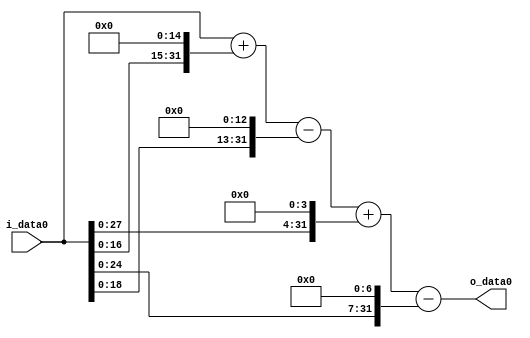
module multiplier_block_70 (
    i_data0,
    o_data0
);
  input   [31:0] i_data0;
  output  [31:0]
    o_data0;
  wire [31:0]
    w1,
    w32768,
    w32769,
    w8192,
    w24577,
    w16,
    w24593,
    w128,
    w24465;
  assign w1 = i_data0;
  assign w128 = w1 << 7;
  assign w16 = w1 << 4;
  assign w24465 = w24593 - w128;
  assign w24577 = w32769 - w8192;
  assign w24593 = w24577 + w16;
  assign w32768 = w1 << 15;
  assign w32769 = w1 + w32768;
  assign w8192 = w1 << 13;
  assign o_data0 = w24465;
endmodule